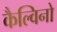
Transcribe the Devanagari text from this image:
कैल्विनो